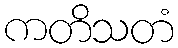
ကတိသတံ